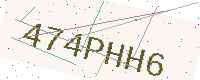
Text: 474PHH6